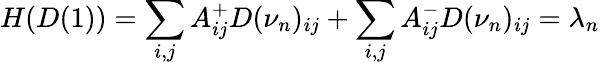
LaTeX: H(D(1))=\sum_{i,j}A_{ij}^{+}D(\nu_{n})_{ij}+\sum_{i,j}A_{ij}^{-}D(\nu_{n})_{ij}=\lambda_{n}